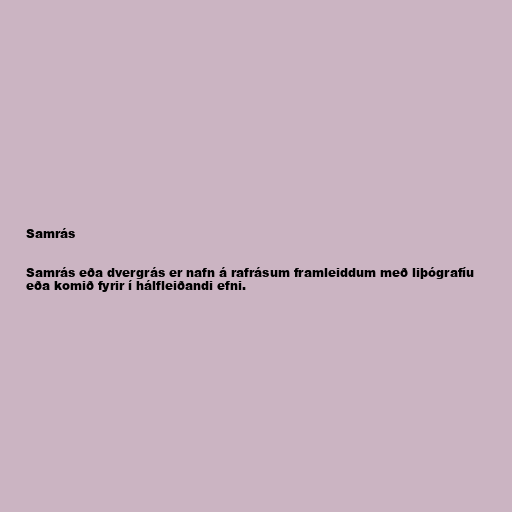
Samrás

Samrás eða dvergrás er nafn á rafrásum framleiddum með liþógrafíu
eða komið fyrir í hálfleiðandi efni.